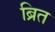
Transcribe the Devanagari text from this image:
ब्रित